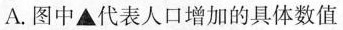
A.图中▲代表人口增加的具体数值